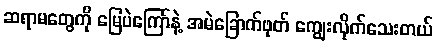
ဆရာမတွေကို မြေပဲကြော်နဲ့ အမဲခြောက်ဖုတ် ကျွေးလိုက်သေးတယ်